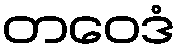
တဝေဒံ